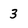
Character: 3